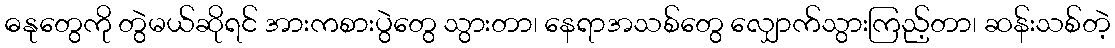
ဓနုတွေကို တွဲမယ်ဆိုရင် အားကစားပွဲတွေ သွားတာ၊ နေရာအသစ်တွေ လျှောက်သွားကြည့်တာ၊ ဆန်းသစ်တဲ့